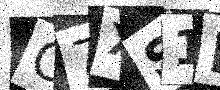
Text: G7XS1N